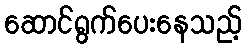
ဆောင်ရွက်ပေးနေသည့်